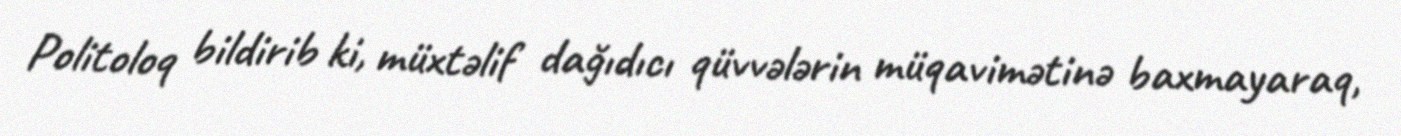
Politoloq bildirib ki, müxtəlif dağıdıcı qüvvələrin müqavimətinə baxmayaraq,